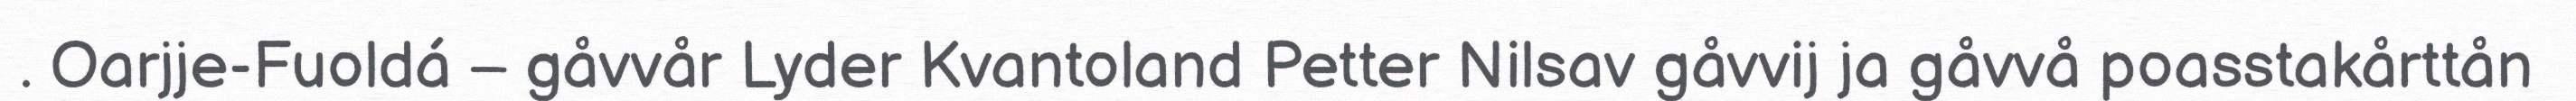
. Oarjje-Fuoldá – gåvvår Lyder Kvantoland Petter Nilsav gåvvij ja gåvvå poasstakårttån